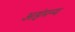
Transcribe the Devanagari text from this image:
अहंमन्य